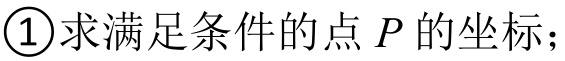
\textcircled{1}求满足条件的点 \(P\) 的坐标；